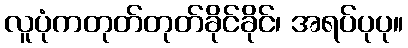
လူပုံကတုတ်တုတ်ခိုင်ခိုင်၊ အရပ်ပုပု။